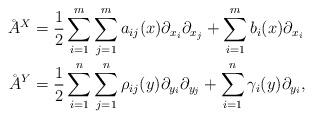
LaTeX: \begin{align*}\AA^X &= \frac{1}{2} \sum_{i = 1}^m \sum_{j = 1}^m a_{ij}(x) \partial_{x_i}\partial_{x_j} + \sum_{i = 1}^m b_i(x) \partial_{x_i}\\\AA^Y &= \frac{1}{2} \sum_{i = 1}^n \sum_{j = 1}^n \rho_{ij}(y) \partial_{y_i}\partial_{y_j} + \sum_{i = 1}^n \gamma_i(y) \partial_{y_i},\end{align*}